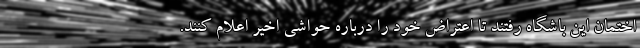
اختمان این باشگاه رفتند تا اعتراض خود را درباره حواشی اخیر اعلام کنند.